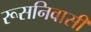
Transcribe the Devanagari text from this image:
रूसनिवासी